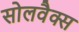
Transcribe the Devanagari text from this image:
सोलवैक्स